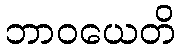
ဘာဝယေတိ